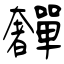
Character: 奲